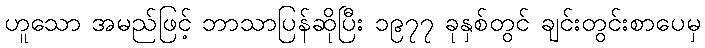
ဟူသော အမည်ဖြင့် ဘာသာပြန်ဆိုပြီး ၁၉၇၇ ခုနှစ်တွင် ချင်းတွင်းစာပေမှ